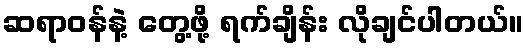
ဆရာဝန်နဲ့ တွေ့ဖို့ ရက်ချိန်း လိုချင်ပါတယ်။